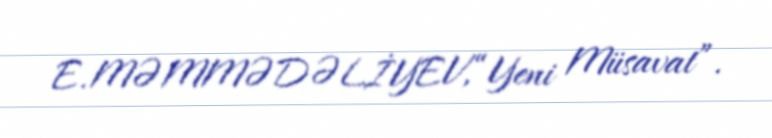
E.MƏMMƏDƏLİYEV,“Yeni Müsavat”.